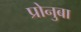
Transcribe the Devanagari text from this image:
प्रोनुबा